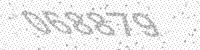
Solution: 068879